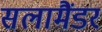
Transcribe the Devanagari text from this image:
सलामैंडर